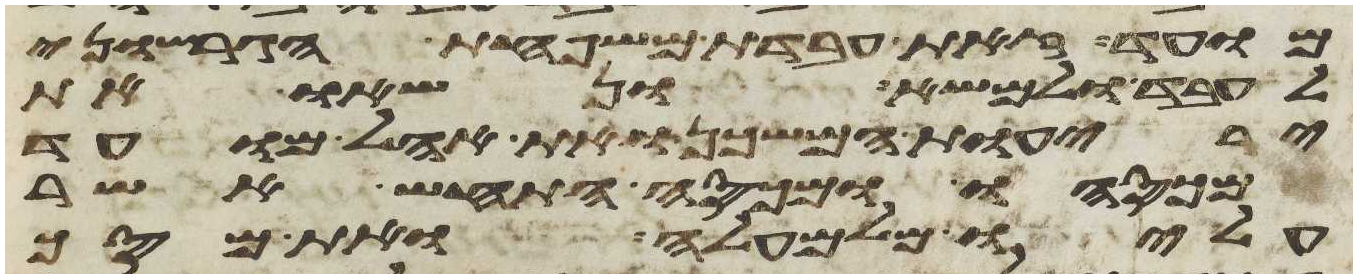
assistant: מועד זאת עבדת משפחת הגרשוני
לעבד ולמשא ונשאו את
יריעות המשכן ואת אהל מועד
מכסהו ומכסה התחש אשר
עליו מלמעלה ואת מסך